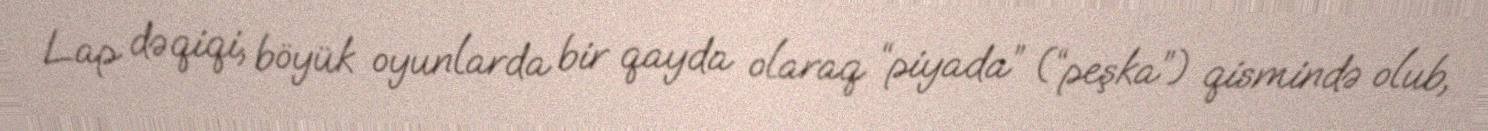
Lap dəqiqi, böyük oyunlarda bir qayda olaraq “piyada” (“peşka”) qismində olub,